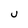
Character: U